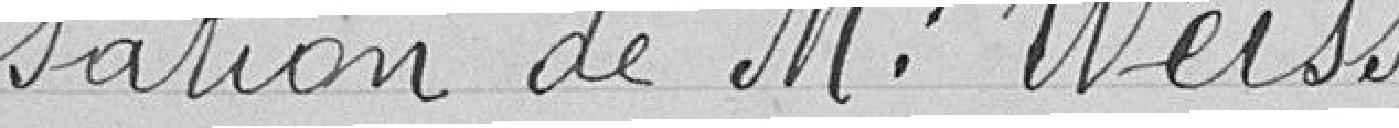
sation de Monsieur Weiss